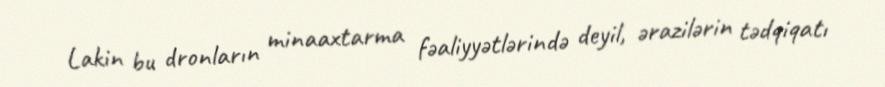
Lakin bu dronların minaaxtarma fəaliyyətlərində deyil, ərazilərin tədqiqatı